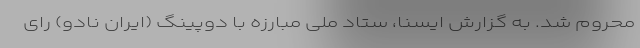
محروم شد. به گزارش ایسنا، ستاد ملی مبارزه با دوپینگ (ایران نادو) رای